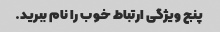
پنج ویژگی ارتباط خوب را نام ببرید.